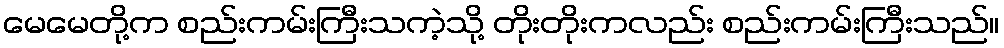
မေမေတို့က စည်းကမ်းကြီးသကဲ့သို့ တိုးတိုးကလည်း စည်းကမ်းကြီးသည်။